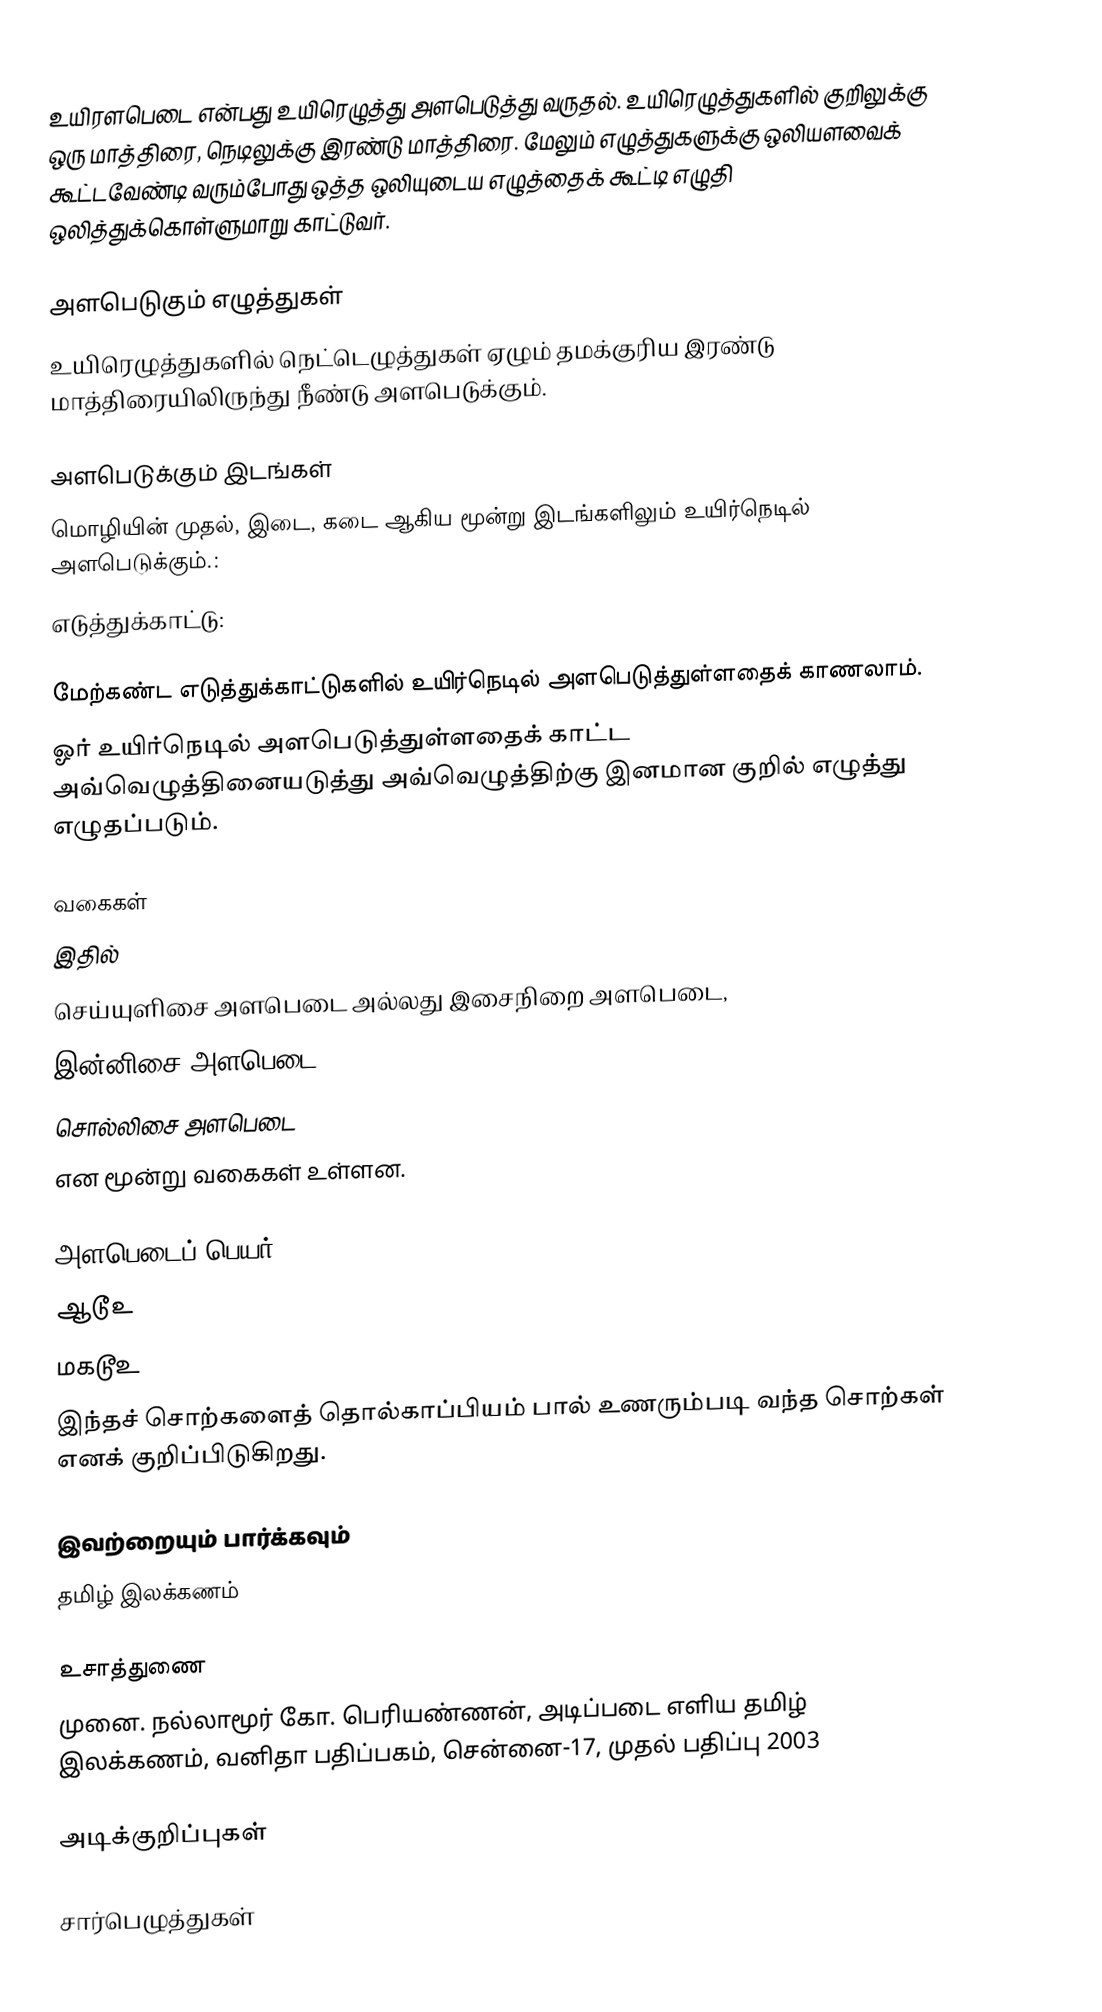
உயிரளபெடை  என்பது உயிரெழுத்து அளபெடுத்து வருதல்.  உயிரெழுத்துகளில் குறிலுக்கு ஒரு மாத்திரை, நெடிலுக்கு இரண்டு மாத்திரை. மேலும் எழுத்துகளுக்கு ஒலியளவைக் கூட்டவேண்டி வரும்போது ஒத்த ஒலியுடைய எழுத்தைக் கூட்டி எழுதி ஒலித்துக்கொள்ளுமாறு காட்டுவர்.

அளபெடுகும் எழுத்துகள்
உயிரெழுத்துகளில் நெட்டெழுத்துகள் ஏழும் தமக்குரிய இரண்டு மாத்திரையிலிருந்து நீண்டு அளபெடுக்கும்.

அளபெடுக்கும் இடங்கள்
மொழியின் முதல், இடை, கடை ஆகிய மூன்று இடங்களிலும் உயிர்நெடில் அளபெடுக்கும்.:
எடுத்துக்காட்டு:

மேற்கண்ட எடுத்துக்காட்டுகளில் உயிர்நெடில் அளபெடுத்துள்ளதைக் காணலாம்.
ஓர் உயிர்நெடில் அளபெடுத்துள்ளதைக் காட்ட அவ்வெழுத்தினையடுத்து அவ்வெழுத்திற்கு இனமான குறில் எழுத்து எழுதப்படும்.

வகைகள்
இதில்
செய்யுளிசை அளபெடை அல்லது இசைநிறை அளபெடை,
இன்னிசை அளபெடை,
சொல்லிசை அளபெடை
என மூன்று வகைகள் உள்ளன.

அளபெடைப் பெயர்
 ஆடூஉ
 மகடூஉ
இந்தச் சொற்களைத் தொல்காப்பியம் பால் உணரும்படி வந்த சொற்கள் எனக் குறிப்பிடுகிறது.

இவற்றையும் பார்க்கவும்
 தமிழ் இலக்கணம்

உசாத்துணை
 முனை. நல்லாமூர் கோ. பெரியண்ணன், அடிப்படை எளிய தமிழ் இலக்கணம், வனிதா பதிப்பகம், சென்னை-17, முதல் பதிப்பு 2003

அடிக்குறிப்புகள்

சார்பெழுத்துகள்